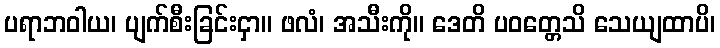
ပရာဘဝါယ၊ ပျက်စီးခြင်းငှာ။ ဖလံ၊ အသီးကို။ ဒေတိ ပဝတ္တေသိ သေယျထာပိ၊